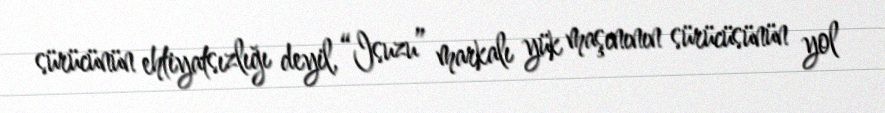
sürücünün ehtiyatsızlığı deyil, “Isuzu” markalı yük maşınının sürücüsünün yol